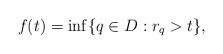
LaTeX: \begin{align*}f(t)=\inf\{q\in D:r_q>t\},\end{align*}